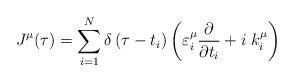
LaTeX: \begin{align*}J^\mu (\tau )=\sum_{i=1}^N\delta \left( \tau -t_i\right)\left( \varepsilon _i^\mu \frac \partial {\partial t_i}+i\;k_i^\mu \right)\end{align*}